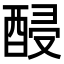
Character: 𨡉